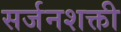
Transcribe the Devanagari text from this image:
सर्जनशक्ती